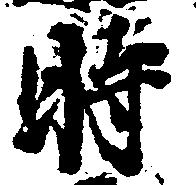
時